Report on vaccination in the Province of Bengal - 1874-1889
Year: 1874
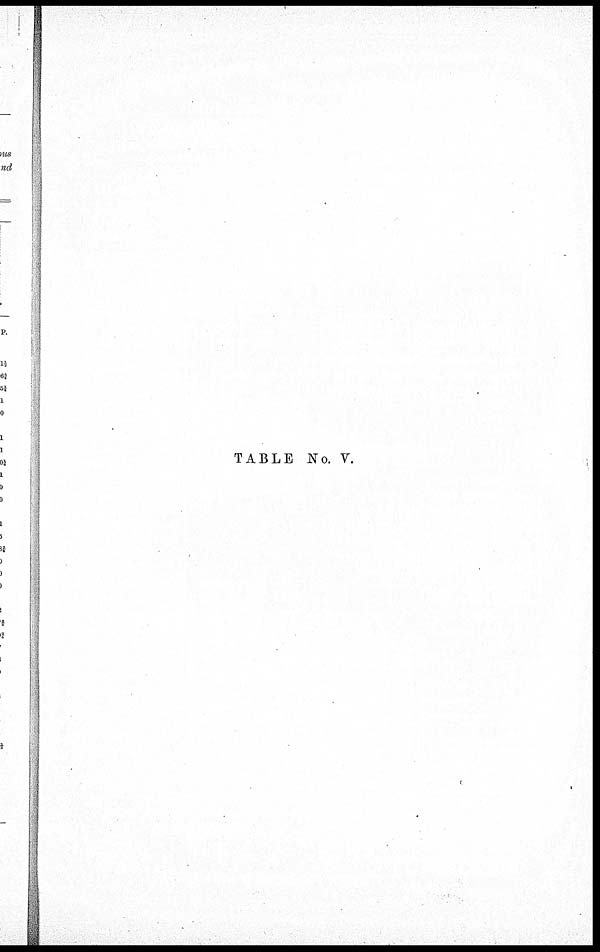
TABLE No. V.